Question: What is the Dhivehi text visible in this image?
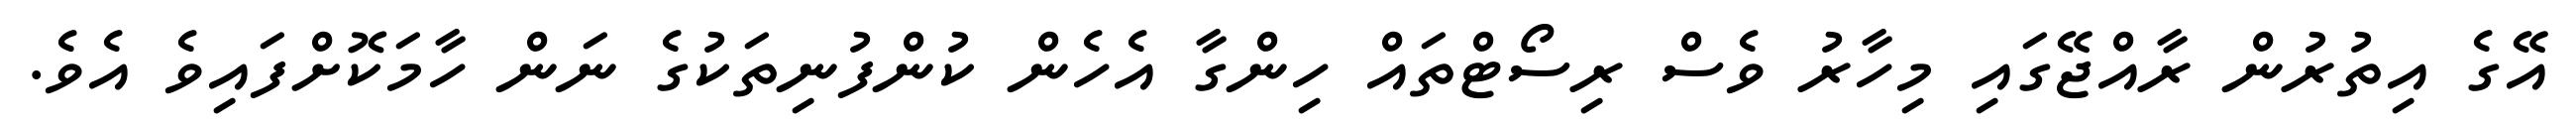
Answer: އޭގެ އިތުރުން ރާއްޖޭގައި މިހާރު ވެސް ރިސޯޓްތައް ހިންގާ އެހެން ކުންފުނިތަކުގެ ނަން ހާމަކޮށްފައިވެ އެވެ.